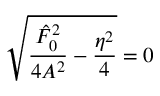
\sqrt { \frac { \hat { F } _ { 0 } ^ { 2 } } { 4 A ^ { 2 } } - \frac { \eta ^ { 2 } } { 4 } } = 0